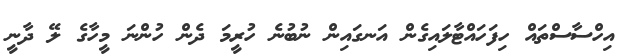
އިހްސާސްތައް ހިފަހައްޓާލައިގެން އަނގައިން ނުބުނެ ހުރީމަ ދެން ހުންނަ މީހާގެ ލޭ ދާނީ